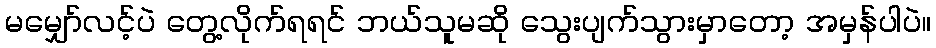
မမျှော်လင့်ပဲ တွေ့လိုက်ရရင် ဘယ်သူမဆို သွေးပျက်သွားမှာတော့ အမှန်ပါပဲ။